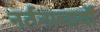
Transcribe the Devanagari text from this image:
नर्तनाचार्यों